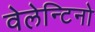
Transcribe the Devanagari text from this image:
वेलेन्टिनो